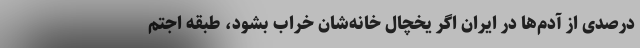
درصدی از آ‌دم‌ها در ایران اگر یخچال خانه‌شان خراب بشود، طبقه اجتم